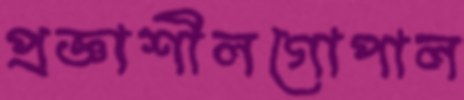
প্রজ্ঞাশীলগোপাল